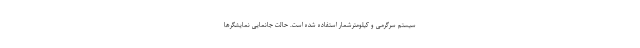
سیستم سرگرمی و کیلومترشمار استفاده شده است. حالت جانمایی نمایشگرها